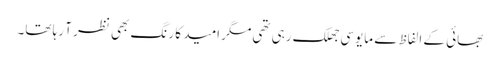
بھائی کے الفاظ سے مایوسی جھلک رہی تھی مگر امید کا رنگ بھی نظر آ رہا تھا۔